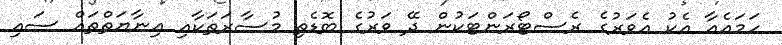
ހަމައެއާ އެކު އެވަރުގެ ރެސްޓޯރަަންޓަކުން ދޭ ވަރުގެ ބޮޑެތި މުސާރަތަކާއި އިނާޔަތްތައް ސައި